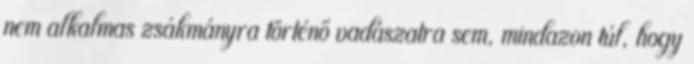
nem alkalmas zsákmányra történő vadászatra sem, mindazon túl, hogy